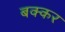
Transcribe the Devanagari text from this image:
बक्कर